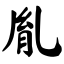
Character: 胤